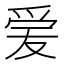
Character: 𬋪